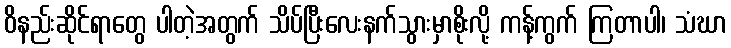
ဝိနည်းဆိုင်ရာတွေ ပါတဲ့အတွက် သိပ်ပြီးလေးနက်သွားမှာစိုးလို့ ကန့်ကွက် ကြတာပါ၊ သံဃာ